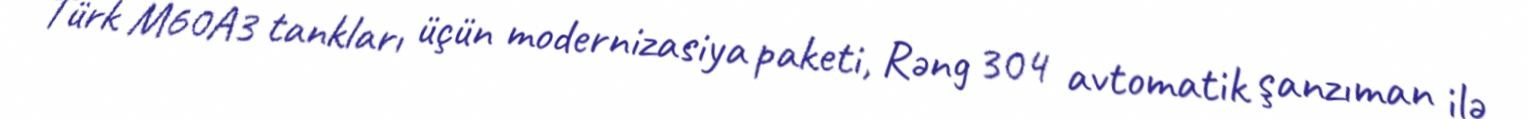
Türk M60A3 tankları üçün modernizasiya paketi, Rəng 304 avtomatik şanzıman ilə